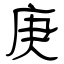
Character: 庚